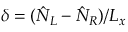
\delta = ( \hat { N } _ { L } - \hat { N } _ { R } ) / L _ { x }